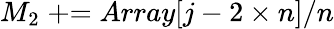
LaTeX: M_{2}\mathrel{+}=Array[j-2\times n]/n